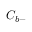
C _ { b - }